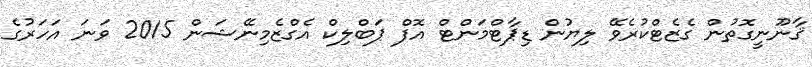
ޤާނޫނީގޮތުން ގެޒެޓްކުރެވޭ ލިޔުން ޑިޕާޓްމަންޓް އޮފް ޕަބްލިކް އެގްޒެމިނޭޝަން 2015 ވަނަ އަހަރުގެ